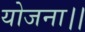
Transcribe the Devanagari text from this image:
योजना।।